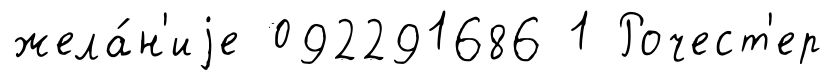
жела́н'иjе 092291686 1 Рочест'ер